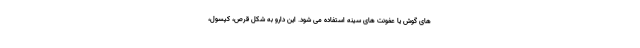
های گوش یا عفونت های سینه استفاده می شود. این دارو به شکل قرص، کپسول،